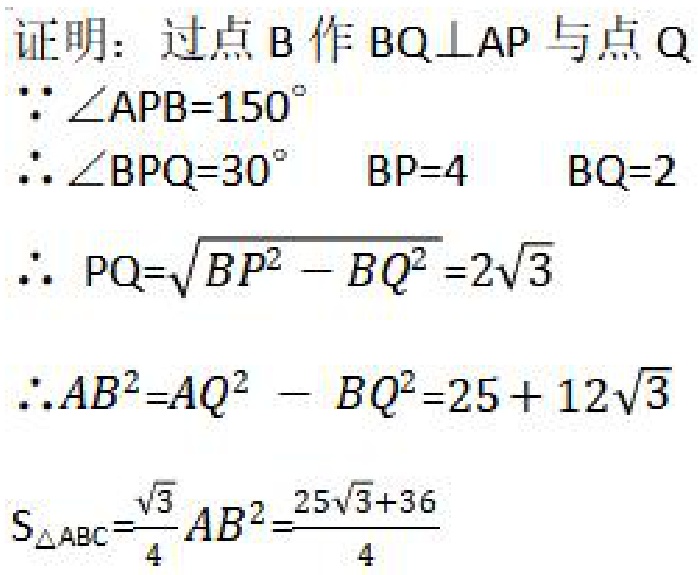
证明：过点\(B\)作\(BQ\perp AP\)与点\(Q\)
\(\because\angle APB = 150^{\circ}\)
\(\therefore\angle BPQ = 30^{\circ}\)  \(BP = 4\)  \(BQ = 2\)
\(\therefore PQ=\sqrt{BP^{2}-BQ^{2}} = 2\sqrt{3}\)
\(\therefore AB^{2}=AQ^{2}-BQ^{2}=25 + 12\sqrt{3}\)
\(S_{\triangle ABC}=\frac{\sqrt{3}}{4}AB^{2}=\frac{25\sqrt{3}+36}{4}\)